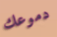
دموعك